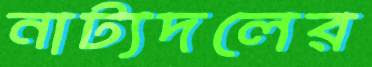
নাট্যদলের